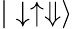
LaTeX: |\downarrow\uparrow\Downarrow\rangle